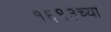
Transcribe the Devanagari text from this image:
१६९३च्या